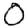
Digit: 0